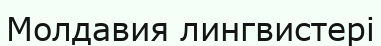
Молдавия лингвистері